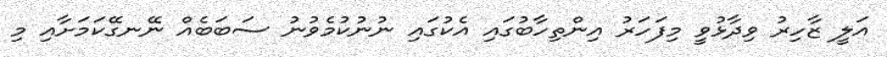
އަލީ ޒާހިރު ވިދާޅުވީ މިފަހަރު އިންތިހާބުގައި އެކުގައި ނުނުކުމެވުނު ސަބަބެއް ނޭނގޭކަމަށާއި މި